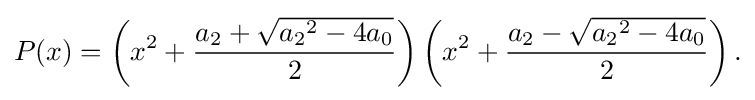
P(x)=\left(x^{2}+{\frac {a_{2}+{\sqrt {{a_{2}}^{2}-4a_{0}}}}{2}}\right)\left(x^{2}+{\frac {a_{2}-{\sqrt {{a_{2}}^{2}-4a_{0}}}}{2}}\right){\text{.}}